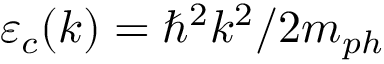
\varepsilon _ { c } ( k ) = \hbar ^ { 2 } k ^ { 2 } / 2 m _ { p h }